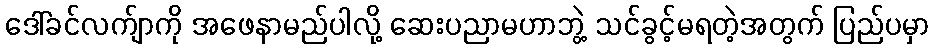
ဒေါ်ခင်လက်ျာကို အဖေနာမည်ပါလို့ ဆေးပညာမဟာဘွဲ့ သင်ခွင့်မရတဲ့အတွက် ပြည်ပမှာ